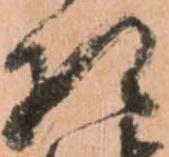
相